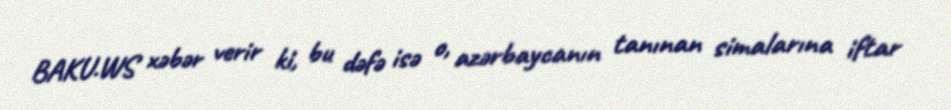
BAKU.WS xəbər verir ki, bu dəfə isə o, azərbaycanın tanınan simalarına iftar